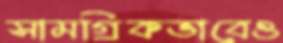
সামগ্রিকভাবেও